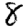
Digit: 8